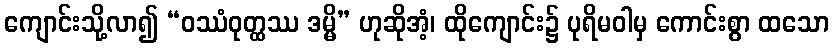
ကျောင်းသို့လာ၍ “ဝဿံဝုတ္ထဿ ဒမ္မိ” ဟုဆိုအံ့၊ ထိုကျောင်း၌ ပုရိမဝါမှ ကောင်းစွာ ထသော